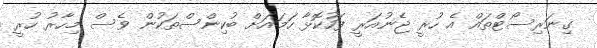
ގިނަރިސޯޓްތައް އެ ހުރީ ޖެނުއަރީ ފަހުކޮޅާ ހަމައަށް ބުކިންސްތަކުން ވެސް މިހާރު ހުރީ